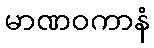
မာဏဝကာနံ